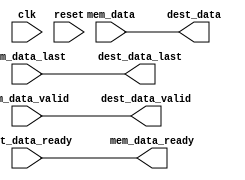
// ***************************************************************************
// ***************************************************************************
// Copyright 2014 - 2017 (c) Analog Devices, Inc. All rights reserved.
//
// In this HDL repository, there are many different and unique modules, consisting
// of various HDL (Verilog or VHDL) components. The individual modules are
// developed independently, and may be accompanied by separate and unique license
// terms.
//
// The user should read each of these license terms, and understand the
// freedoms and responsibilities that he or she has by using this source/core.
//
// This core is distributed in the hope that it will be useful, but WITHOUT ANY
// WARRANTY; without even the implied warranty of MERCHANTABILITY or FITNESS FOR
// A PARTICULAR PURPOSE.
//
// Redistribution and use of source or resulting binaries, with or without modification
// of this file, are permitted under one of the following two license terms:
//
//   1. The GNU General Public License version 2 as published by the
//      Free Software Foundation, which can be found in the top level directory
//      of this repository (LICENSE_GPL2), and also online at:
//      <https://www.gnu.org/licenses/old-licenses/gpl-2.0.html>
//
// OR
//
//   2. An ADI specific BSD license, which can be found in the top level directory
//      of this repository (LICENSE_ADIBSD), and also on-line at:
//      https://github.com/analogdevicesinc/hdl/blob/master/LICENSE_ADIBSD
//      This will allow to generate bit files and not release the source code,
//      as long as it attaches to an ADI device.
//
// ***************************************************************************
// ***************************************************************************

`timescale 1ns/100ps

module axi_dmac_resize_dest #(
  parameter DATA_WIDTH_DEST = 64,
  parameter DATA_WIDTH_MEM = 64
) (
  input clk,
  input reset,

  input mem_data_valid,
  output mem_data_ready,
  input [DATA_WIDTH_MEM-1:0] mem_data,
  input mem_data_last,

  output dest_data_valid,
  input dest_data_ready,
  output [DATA_WIDTH_DEST-1:0] dest_data,
  output dest_data_last
);

/*
 * Resize the data width between the burst memory and the destination interface
 * if necessary.
 */

generate if (DATA_WIDTH_DEST == DATA_WIDTH_MEM)  begin
  assign dest_data_valid = mem_data_valid;
  assign dest_data = mem_data;
  assign dest_data_last = mem_data_last;
  assign mem_data_ready = dest_data_ready;
end else begin

  localparam RATIO = DATA_WIDTH_MEM / DATA_WIDTH_DEST;

  reg [$clog2(RATIO)-1:0] count = 'h0;
  reg valid = 1'b0;
  reg [RATIO-1:0] last = 'h0;
  reg [DATA_WIDTH_MEM-1:0] data = 'h0;

  wire last_beat;

  assign last_beat = count == RATIO - 1;

  always @(posedge clk) begin
    if (reset == 1'b1) begin
      valid <= 1'b0;
    end else if (mem_data_valid == 1'b1) begin
      valid <= 1'b1;
    end else if (last_beat == 1'b1 && dest_data_ready == 1'b1) begin
      valid <= 1'b0;
    end
  end

  always @(posedge clk) begin
    if (reset == 1'b1) begin
      count <= 'h0;
    end else if (dest_data_ready == 1'b1 && dest_data_valid == 1'b1) begin
      count <= count + 1;
    end
  end

  assign mem_data_ready = ~valid | (dest_data_ready & last_beat);

  always @(posedge clk) begin
    if (mem_data_ready == 1'b1) begin
      data <= mem_data;
      last <= {mem_data_last,{RATIO-1{1'b0}}};
    end else if (dest_data_ready == 1'b1) begin
      data[DATA_WIDTH_MEM-DATA_WIDTH_DEST-1:0] <= data[DATA_WIDTH_MEM-1:DATA_WIDTH_DEST];
      last[RATIO-2:0] <= last[RATIO-1:1];
    end
  end

  assign dest_data_valid = valid;
  assign dest_data = data[DATA_WIDTH_DEST-1:0];
  assign dest_data_last = last[0];

end endgenerate

endmodule